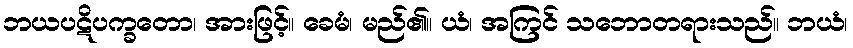
ဘယပဋိပက္ခတော၊ အားဖြင့်။ ခေမံ၊ မည်၏။ ယံ၊ အကြင် သဘောတရားသည်။ ဘယံ၊